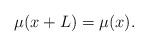
LaTeX: \begin{align*} \mu(x+L)=\mu(x).\end{align*}